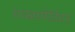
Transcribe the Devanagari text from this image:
एक्सपेडिटर